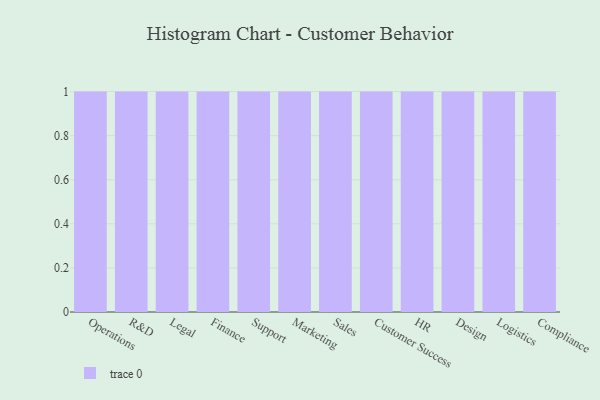
{"axis": {"x": "Department", "y": "Demand Index"}, "legend": [""], "data": [{"x": "Operations", "y": 100, "type": ""}, {"x": "R&D", "y": 90, "type": ""}, {"x": "Legal", "y": 13, "type": ""}, {"x": "Finance", "y": 13, "type": ""}, {"x": "Support", "y": 87, "type": ""}, {"x": "Marketing", "y": 34, "type": ""}, {"x": "Sales", "y": 76, "type": ""}, {"x": "Customer Success", "y": 77, "type": ""}, {"x": "HR", "y": 5, "type": ""}, {"x": "Design", "y": 45, "type": ""}, {"x": "Logistics", "y": 64, "type": ""}, {"x": "Compliance", "y": 2, "type": ""}]}